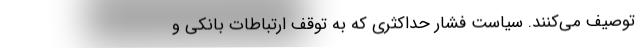
توصیف می‌کنند. سیاستِ فشارِ حداکثری که به توقفِ ارتباطاتِ بانکی و